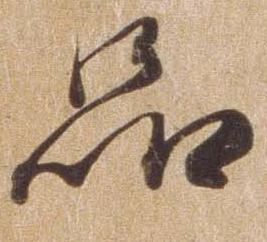
品